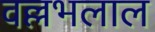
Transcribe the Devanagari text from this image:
वल्लभलाल